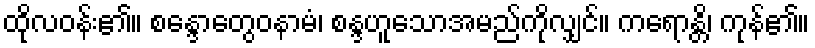
ထိုလဝန်း၏။ စန္ဒောတွေဝနာမံ၊ စန္ဒဟူသောအမည်ကိုလျှင်။ ကရောန္တိ၊ ကုန်၏။